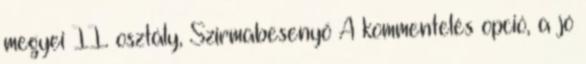
megyei II. osztály, Szirmabesenyő A kommentelés opció, a jó